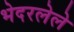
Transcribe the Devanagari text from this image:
भेदरलेले